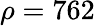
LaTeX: \rho=762